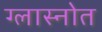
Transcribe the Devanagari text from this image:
ग्लास्नोत